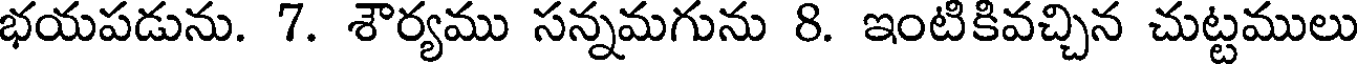
భయపడును. 7. శౌర్యము సన్నమగును 8. ఇంటికివచ్చిన చుట్టములు